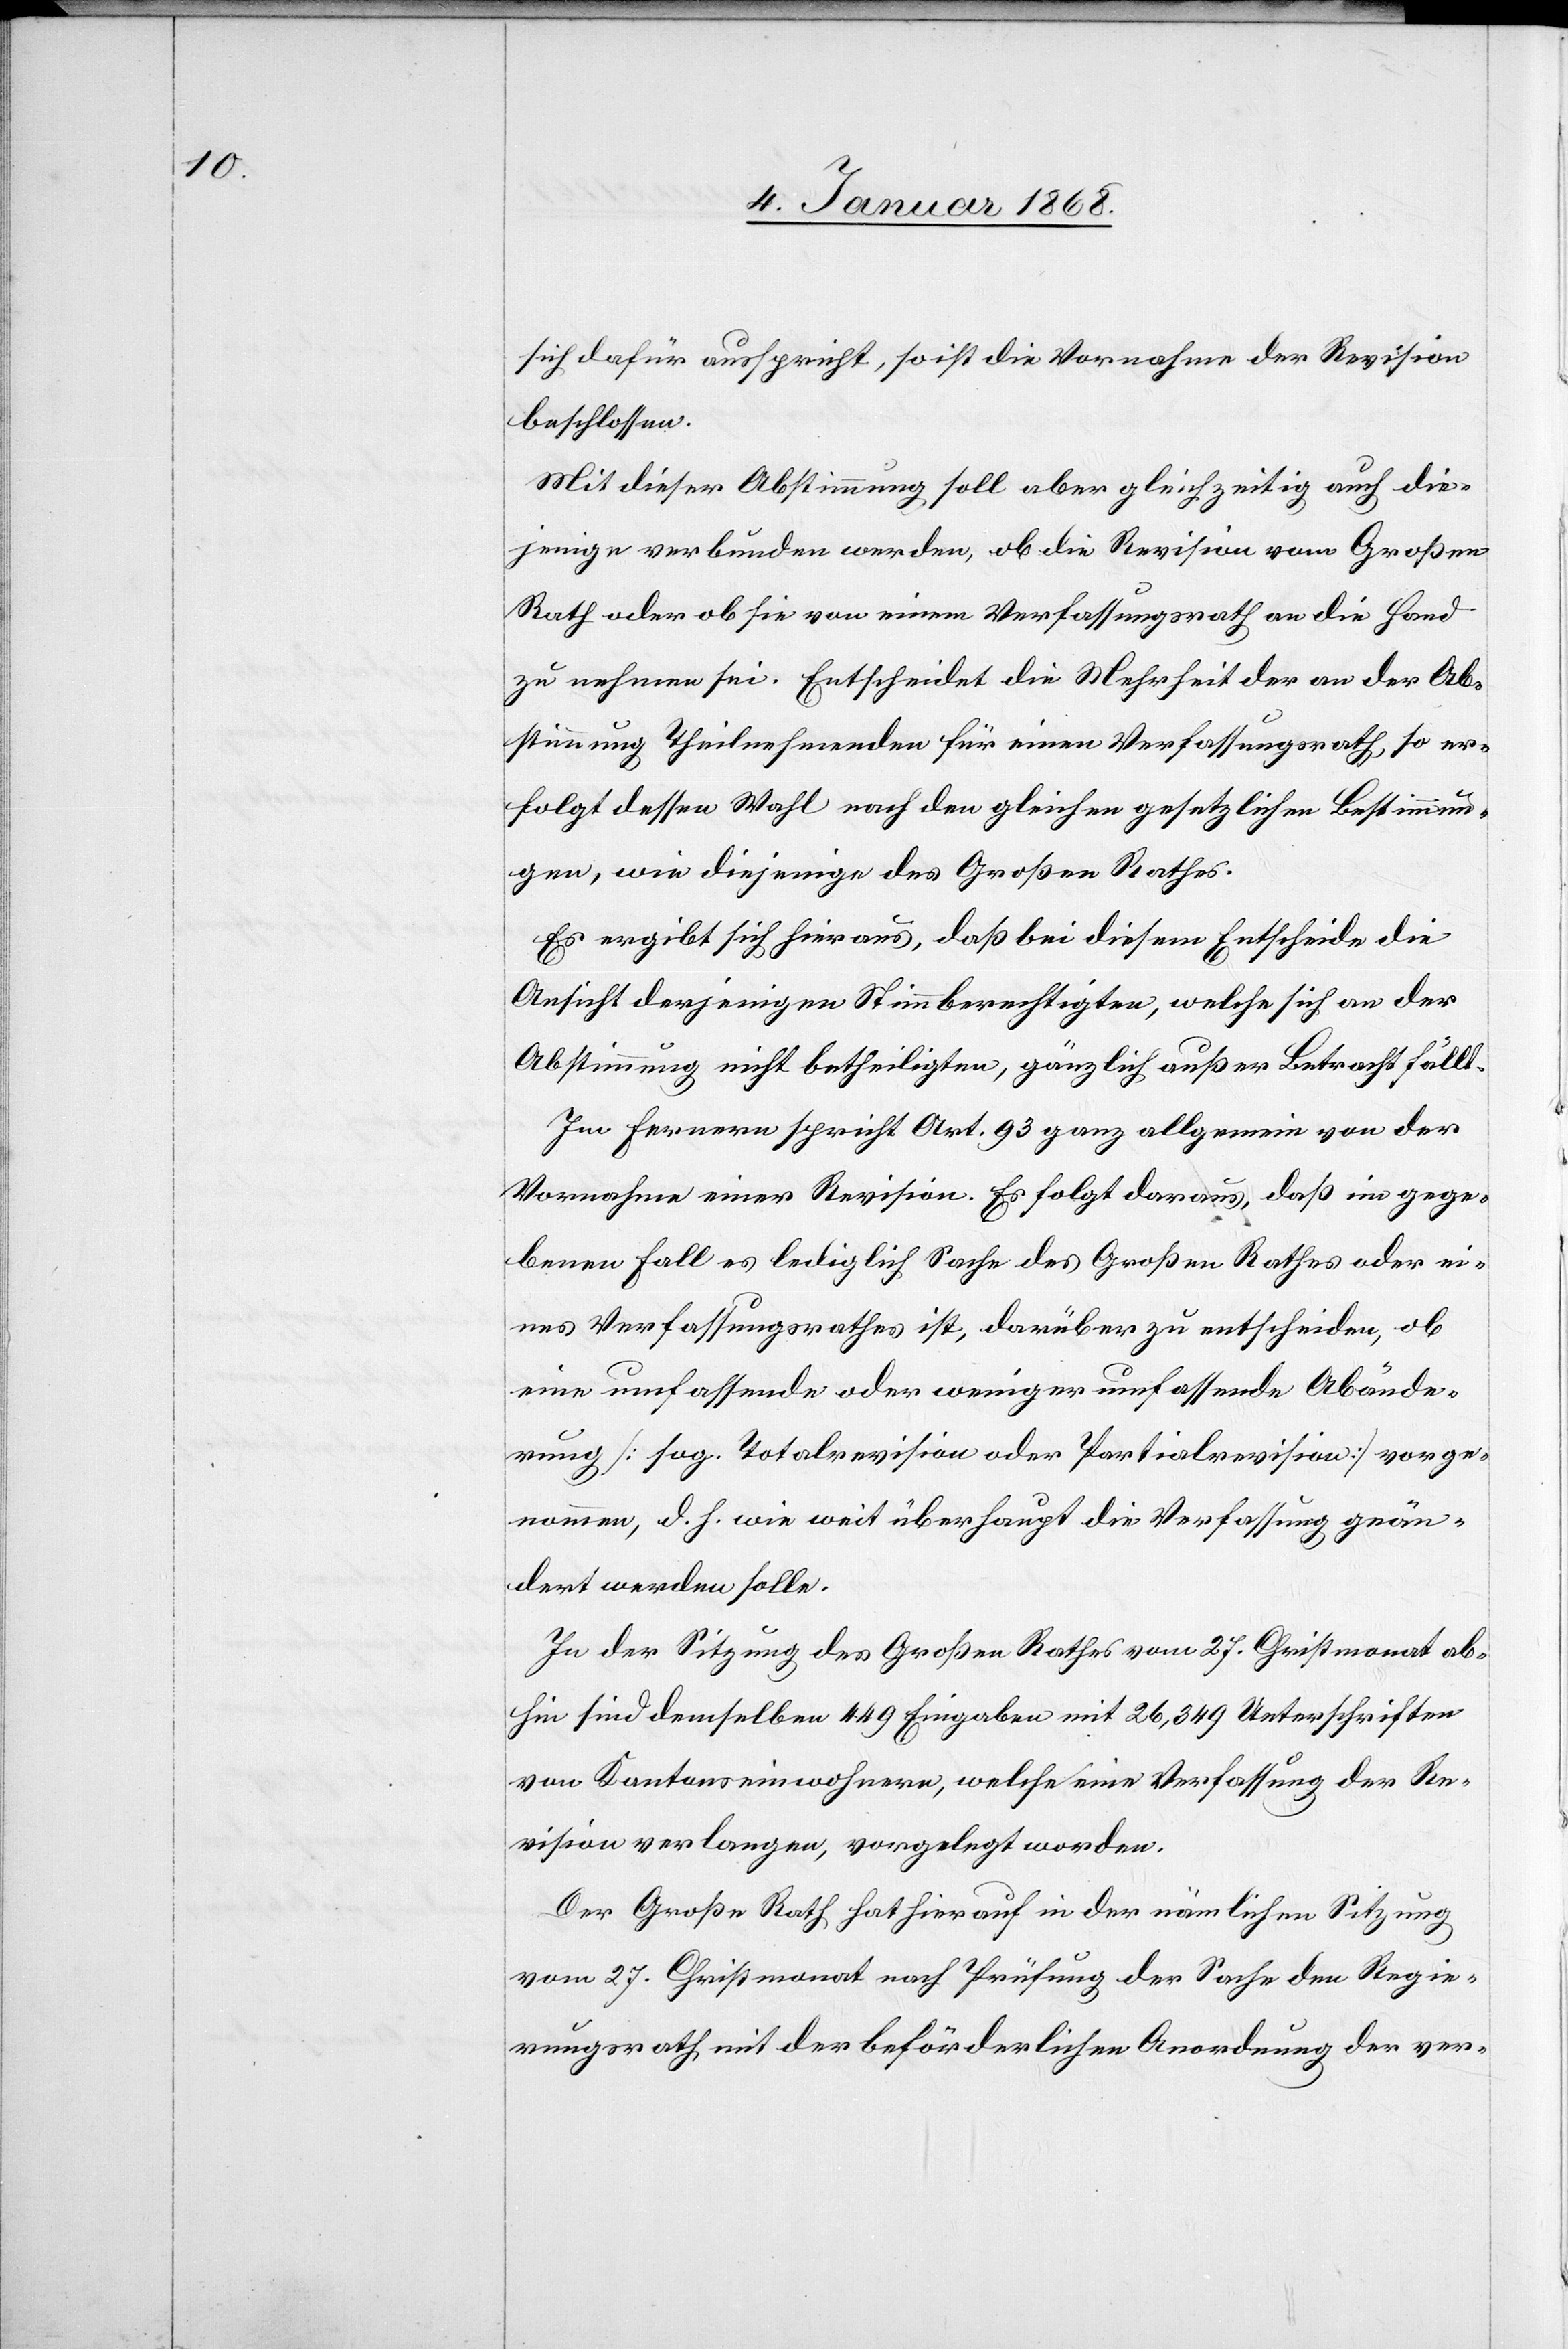
sich dafür ausspricht, so ist die Vornahme der Revision
beschlossen.
Mit dieser Abstimmung soll aber gleichzeitig auch die¬
jenige verbunden werden, ob die Revision vom Großen
Rath oder ob sie von einem Verfassungsrath an die Hand
zu nehmen sei. Entscheidet die Mehrheit der an der Ab¬
stimmung Theilnehmenden für einen Verfassungsrath, so er¬
folgt dessen Wahl nach den gleichen gesetzlichen Bestimmun¬
gen, wie diejenige des Großen Rathes.
Es ergibt sich hieraus, daß bei diesem Entscheide die
Ansicht derjenigen Stimmberechtigten, welche sich an der
Abstimmung nicht betheiligten, gänzlich außer Betracht fällt.
Im Fernern spricht Art. 93 ganz allgemein von der
Vornahme einer Revision. Es folgt daraus, daß im gege¬
benen Fall es lediglich Sache des Großen Rathes oder ei¬
nes Verfassungsrathes ist, darüber zu entscheiden, ob
eine umfassende oder weniger umfassende Abände¬
rung [sog. Totalrevision oder Partialrevision] vorge¬
nommen, d. h. wie weit überhaupt die Verfassung geän¬
dert werden solle.
In der Sitzung des Großen Rathes vom 27. Christmonat ab¬
hin sind demselben 449 Eingaben mit 26,349 Unterschriften
von Kantonseinwohnern, welche eine Verfassung der Re¬
vision verlangen, vorgelegt worden.
Der Große Rath hat hierauf in der nämlichen Sitzung
vom 27. Christmonat nach Prüfung der Sache den Regie¬
rungsrath mit der beförderlichen Anordnung der ver-